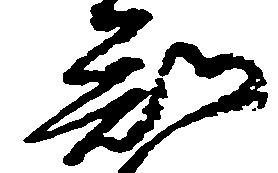
知